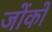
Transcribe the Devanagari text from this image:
जोंकों